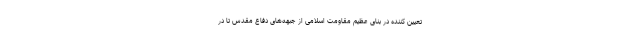
تعیین کننده در بنای عظیم مقاومت اسلامی از جبهه‌های دفاع مقدس تا در